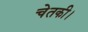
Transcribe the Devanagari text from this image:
चेतकी।